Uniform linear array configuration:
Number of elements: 8
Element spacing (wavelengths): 0.75
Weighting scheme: cosine
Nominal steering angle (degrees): -60
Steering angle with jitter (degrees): -61.673
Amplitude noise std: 0.05
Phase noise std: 0.05

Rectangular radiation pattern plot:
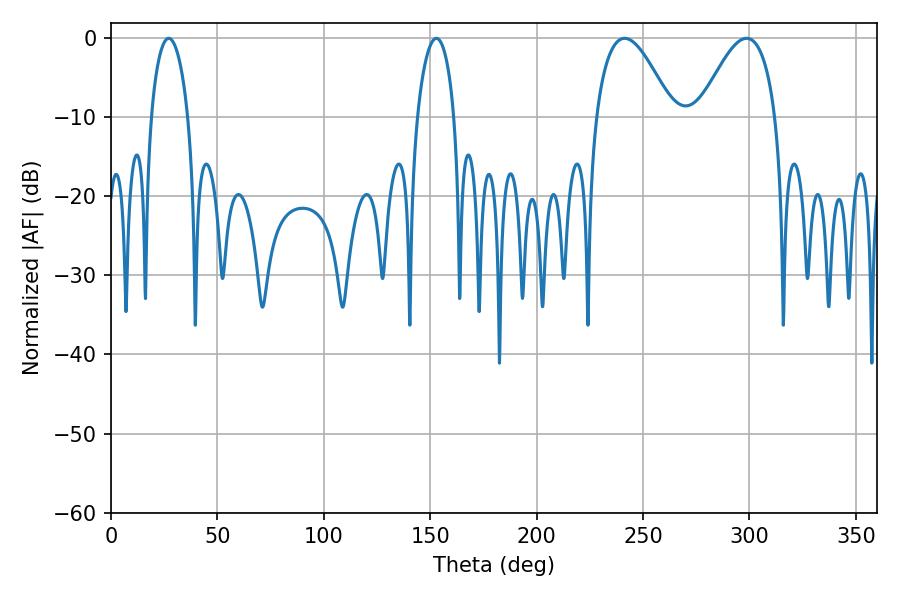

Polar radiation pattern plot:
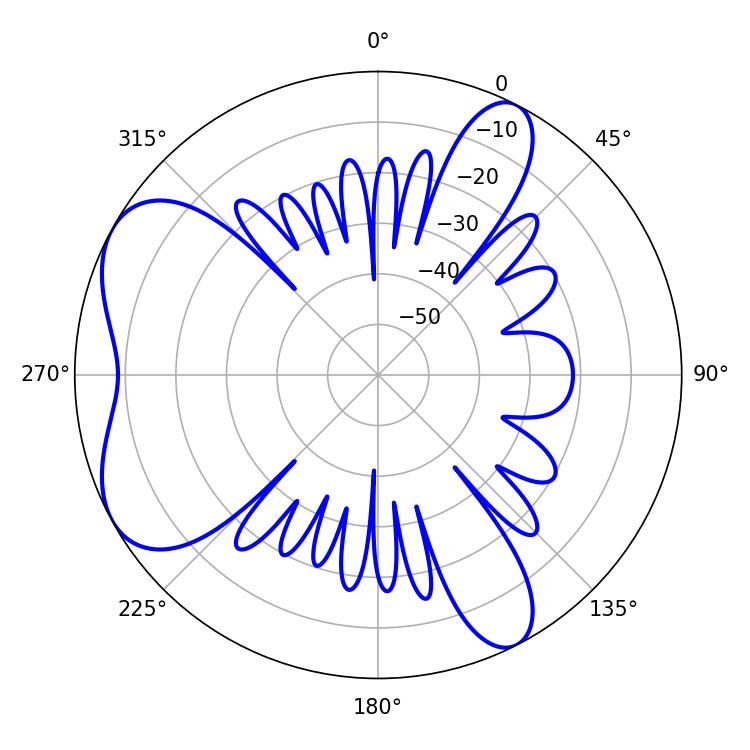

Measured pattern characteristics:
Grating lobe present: TRUE
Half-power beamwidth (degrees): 19.62
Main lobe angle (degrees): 241.38